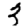
Digit: 3